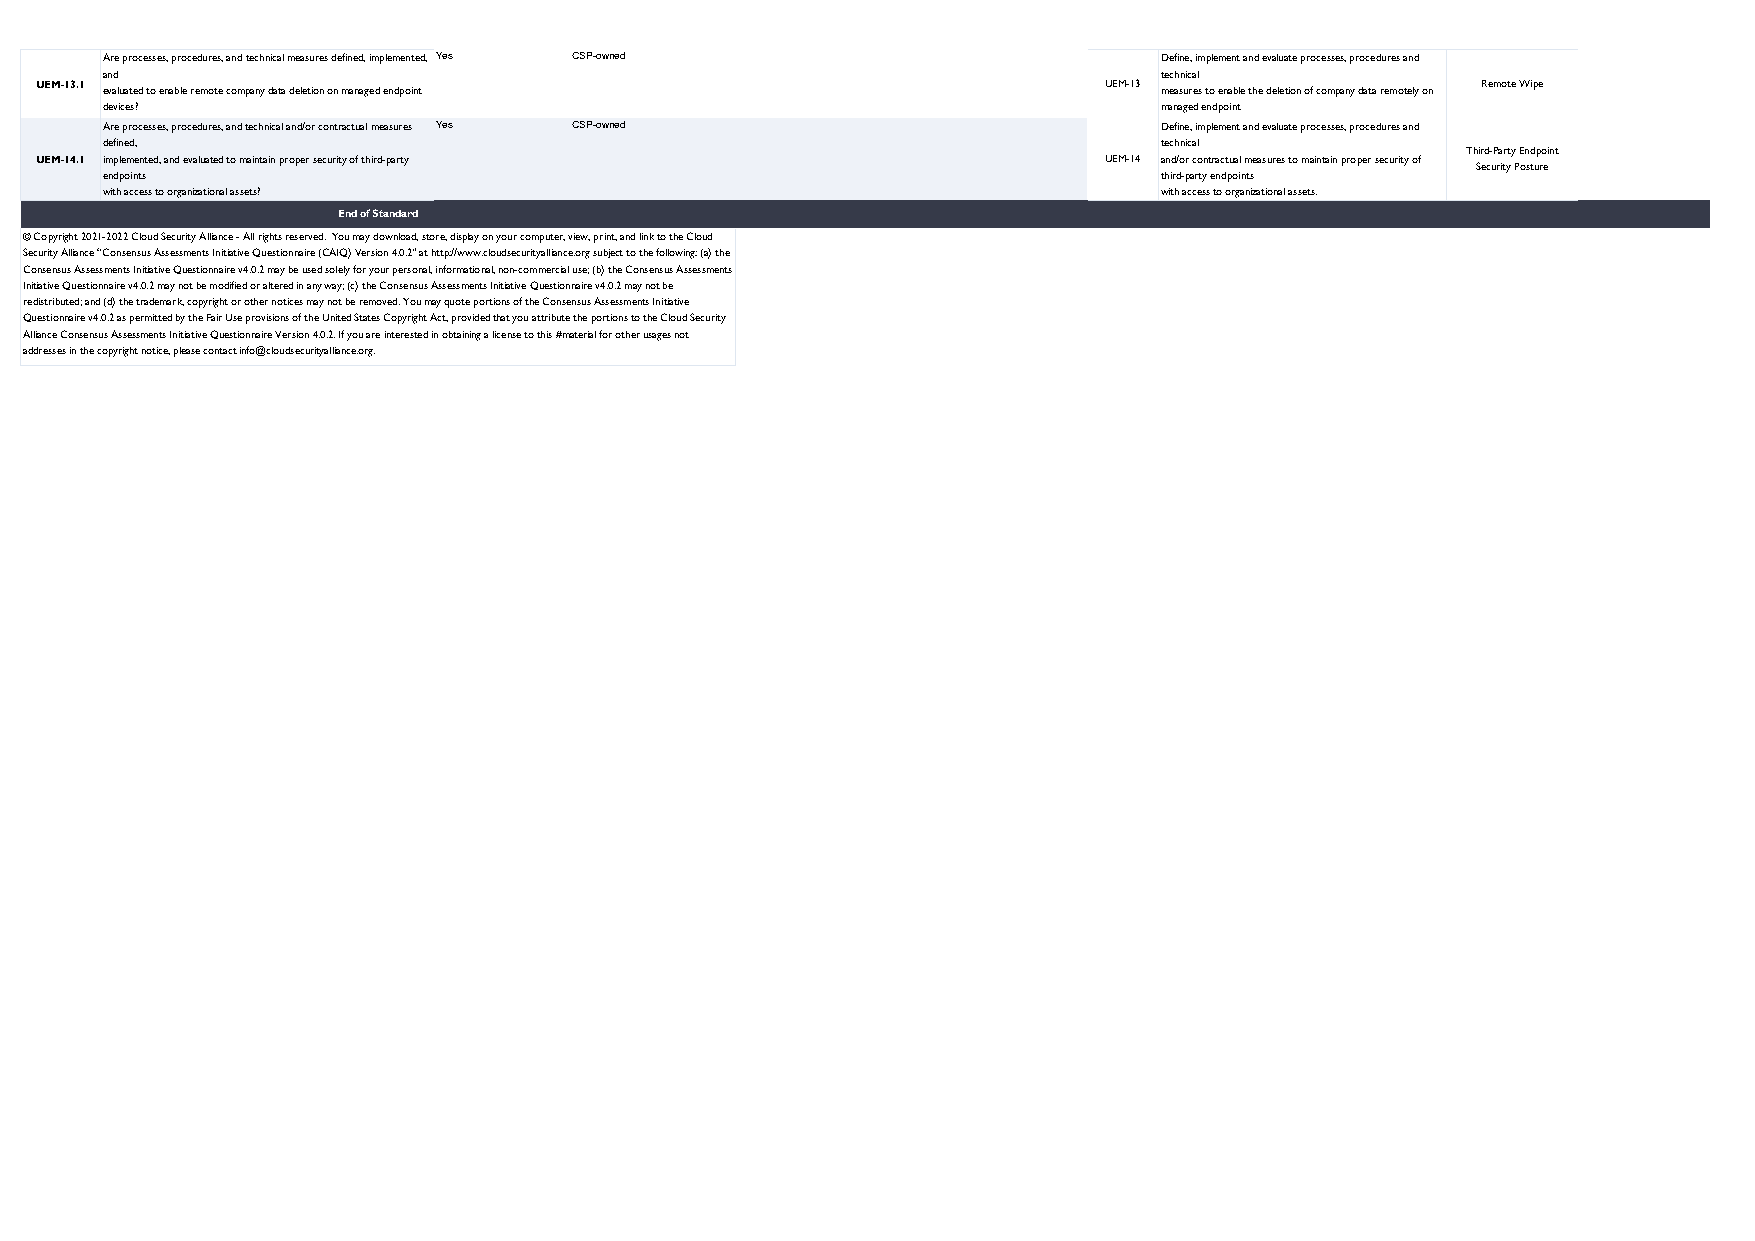
Are processes, procedures, and technical measures defined, implemented, Yes CSP-owned Define, implement and evaluate processes, procedures and
 and                                                                   technical
 UEM-13.1 evaluated to enable remote company data deletion on managed endpoint UEM-13 measures to enable the deletion of company data remotely on Remote Wipe
 devices?                                                              managed endpoint
 Are processes, procedures, and technical and/or contractual measures Yes CSP-owned dDeevfiicnees, .implement and evaluate processes, procedures and
 defined,                                                              technical
 Third-Party Endpoint
 UEM-14.1 implemented, and evaluated to maintain proper security of third-party UEM-14 and/or contractual measures to maintain proper security of
 Security Posture
 endpoints                                                             third-party endpoints
 with access to organizational assets?                                 with access to organizational assets.
 End of Standard
 © Copyright 2021-2022 Cloud Security Alliance - All rights reserved. You may download, store, display on your computer, view, print, and link to the Cloud
 Security Alliance “Consensus Assessments Initiative Questionnaire (CAIQ) Version 4.0.2” at http://www.cloudsecurityalliance.org subject to the following: (a) the
 Consensus Assessments Initiative Questionnaire v4.0.2 may be used solely for your personal, informational, non-commercial use; (b) the Consensus Assessments
 Initiative Questionnaire v4.0.2 may not be modified or altered in any way; (c) the Consensus Assessments Initiative Questionnaire v4.0.2 may not be
 redistributed; and (d) the trademark, copyright or other notices may not be removed. You may quote portions of the Consensus Assessments Initiative
 Questionnaire v4.0.2 as permitted by the Fair Use provisions of the United States Copyright Act, provided that you attribute the portions to the Cloud Security
 Alliance Consensus Assessments Initiative Questionnaire Version 4.0.2. If you are interested in obtaining a license to this #material for other usages not
 addresses in the copyright notice, please contact info@cloudsecurityalliance.org.